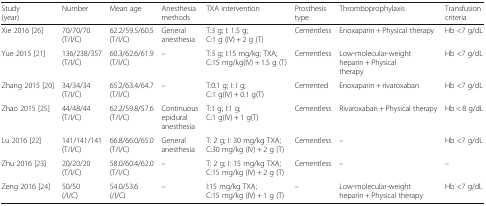
<table><thead><tr><td><b>Study (year)</b></td><td><b>Number</b></td><td><b>Mean age</b></td><td><b>Anesthesia methods</b></td><td><b>TXA intervention</b></td><td><b>Prosthesis type</b></td><td><b>Thromboprophylaxis</b></td><td><b>Transfusion criteria</b></td></tr></thead><tbody><tr><td>Xie 2016 [26]</td><td>70/70/70(T/I/C)</td><td>62.2/59.5/60.5(T/I/C)</td><td>General anesthesia</td><td>T:3 g; I: 1.5 g; C:1 g (IV) + 2 g (T)</td><td>Cementless</td><td>Enoxaparin + Physical therapy</td><td>Hb &lt;7 g/dL</td></tr><tr><td>Yue 2015 [21]</td><td>136/238/357(T/I/C)</td><td>60.3/62.6/61.9(T/I/C)</td><td>–</td><td>T:3 g; I:15 mg/kg; TXA; C:15 mg/kg(IV) + 1.5 g (T)</td><td>Cementless</td><td>Low-molecular-weight heparin + Physical therapy</td><td>Hb &lt;7 g/dL</td></tr><tr><td>Zhang 2015 [20]</td><td>34/34/34(T/I/C)</td><td>65.2/63.4/64.7(T/I/C)</td><td>–</td><td>T:0.1 g; I: l g; C:1 g(IV) + 0.1 g(T)</td><td>Cemented</td><td>Enoxaparin + rivaroxaban</td><td>Hb &lt;7 g/dL</td></tr><tr><td>Zhao 2015 [25]</td><td>44/48/44(T/I/C)</td><td>62.2/59.8/57.6(T/I/C)</td><td>Continuous epidural anesthesia</td><td>T:1 g; I:1 g; C:1 g(IV) + 1 g(T)</td><td>Cementless</td><td>Rivaroxaban + Physical therapy</td><td>Hb &lt; 8 g/dL</td></tr><tr><td>Lu 2016 [22]</td><td>141/141/141(T/I/C)</td><td>66.8/66.0/65.0(T/I/C)</td><td>General anesthesia</td><td>T: 2 g; I: 30 mg/kg TXA; C:30 mg/kg (IV) + 2 g (T)</td><td>Cementless</td><td>–</td><td>Hb &lt;7 g/dL</td></tr><tr><td>Zhu 2016 [23]</td><td>20/20/20(T/I/C)</td><td>58.0/60.4/62.0(T/I/C)</td><td>–</td><td>T: 2 g; I: 15 mg/kg TXA; C:15 mg/kg (IV) + 2 g (T)</td><td>Cementless</td><td>–</td><td>–</td></tr><tr><td>Zeng 2016 [24]</td><td>50/50(/I/C)</td><td>54.0/53.6(/I/C)</td><td>–</td><td>I:15 mg/kg TXA; C:15 mg/kg (IV) + 1 g (T)</td><td>–</td><td>Low-molecular-weight heparin + Physical therapy</td><td>Hb &lt;7 g/dL</td></tr></tbody></table>